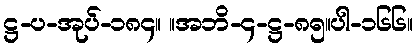
ဋ္ဌ-ပ-အုပ်-၁၈၄။ ။အဘိ-၄-ဋ္ဌ-၈၅။ပါ-၁၆၆။